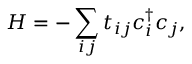
H = - \sum _ { i j } t _ { i j } c _ { i } ^ { \dag } c _ { j } ,